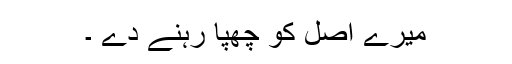
میرے اصل کو چھپا رہنے دے ۔